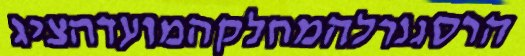
הרסגנרלהמחלקהמועדהציג